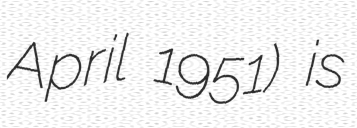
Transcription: April 1951) is